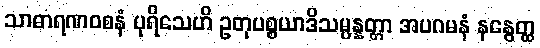
သာဓာရဏဝစနံ ပုရိသေဟိ ဥတုပစ္စယာဒိသမ္ပန္နတ္တာ အပဂမနံ နနွေတ္ထ